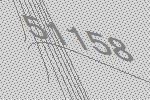
51158